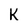
Character: K